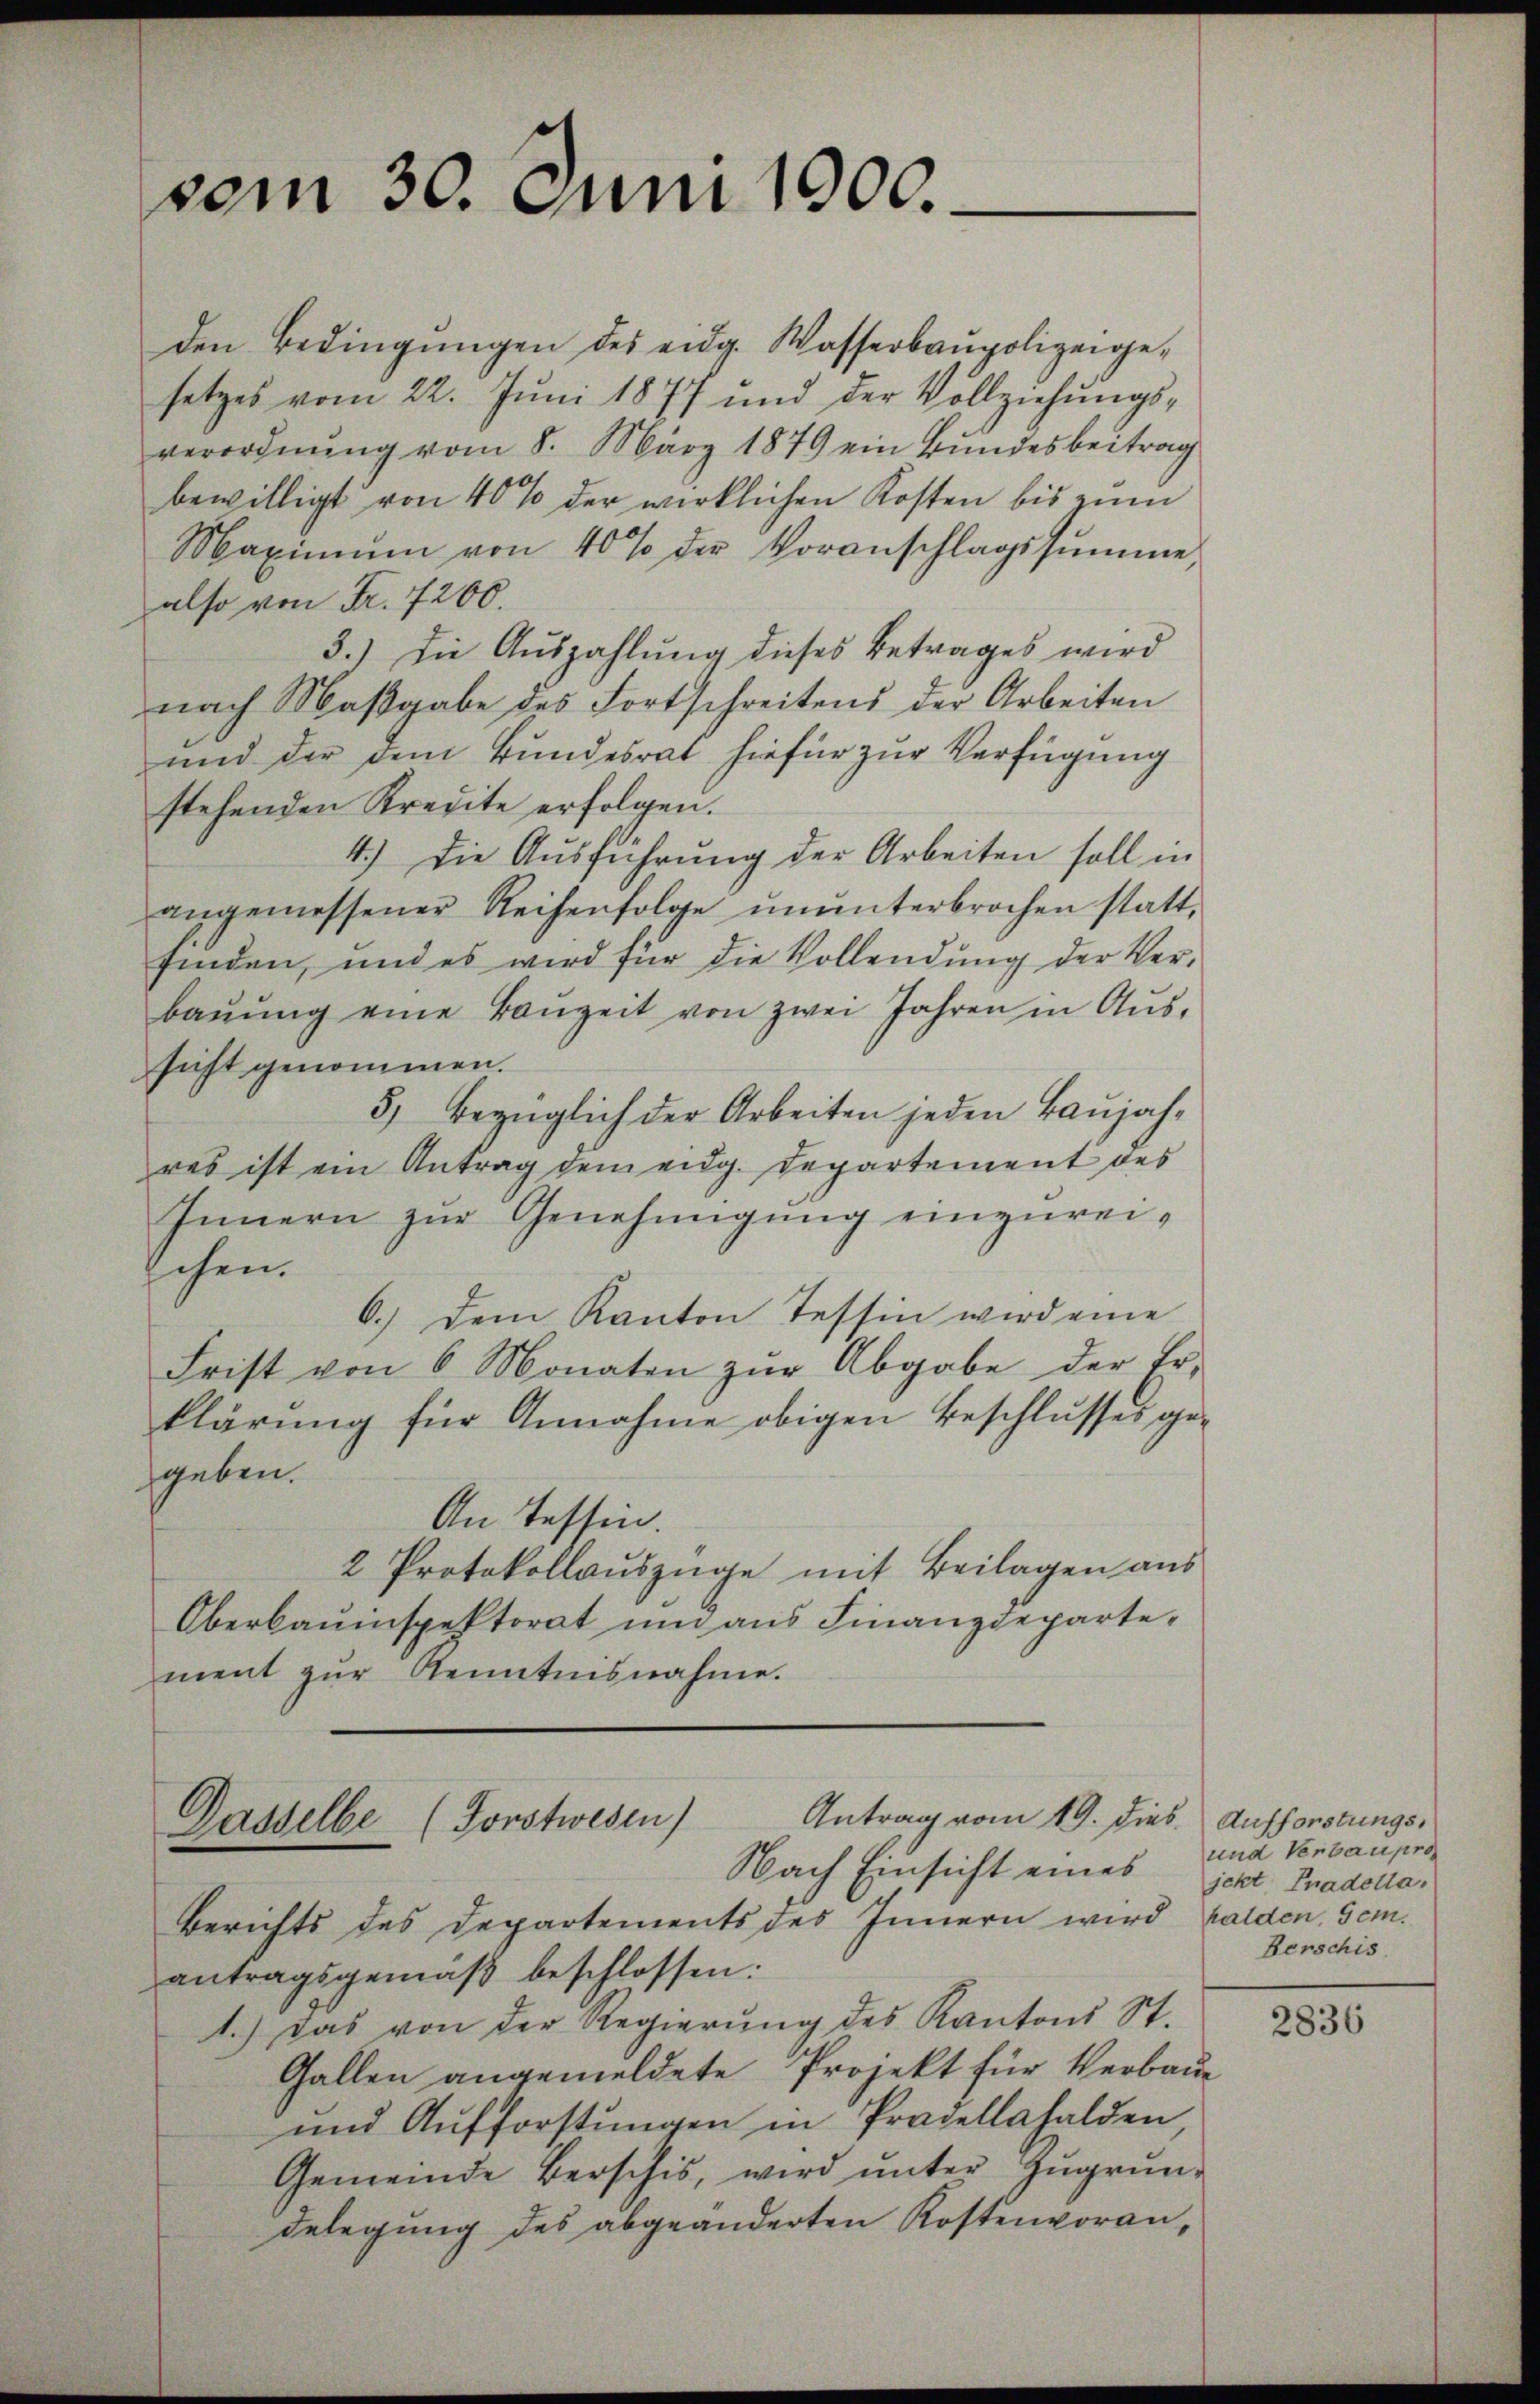
vom 30. Juni 1900.

den Bedingŭngen des eidg. Wasserbaupolizeige-
setzes vom 22. Juni 1877 und der Vollziehŭngs-
verordnung vom 8. März 1879 ein Bundesbeitrag
bewilligt von 40% der wirklichen Kosten bis zum
Maximŭm von 40% der Voranschlagssumme,
also von Fr. 7200.
3.) Die Auszahlung dieses Betrages wird
nach Maβgabe des Fortschreitens der Arbeiten
und der dem Bundesrat hiefür zur Verfügung
stehenden Kredite erfolgen.
4.) Die Ausführung der Arbeiten soll in
angemessener Reihenfolge ŭnŭnterbrochen statt.
finden, und es wird für die Vollendŭng der Ver-
baŭŭng eine Baŭzeit von zwei Jahren in Aŭs-
sicht genommen.
5) bezüglich der Arbeiten jeden Baŭjah-
res ist ein Antrag dem eidg. Departement des
Innern zur Genehmigung einzureischen.
6.) Dem Kanton Tessin wird eine
Frist von 6 Monaten zŭr Abgabe der Er-
klärung für Annahme obigen Beschlusses gegeben.
An Tessin.
2 Protokollauszüge mit Beilagen aus
Oberbauinspektorat und aŭs Finanzdeparte-
ment zŭr Kenntnisnahme.

Antrag vom 19. dies
Dasselbe (Forstwesen)
Nach Einsicht eines

Berichts des Departements des Innern wird walden, sei.
antragsgemäß beschlossen:
1.) Das von der Regierŭng des Kantons St.
Gallen angemeldete Projekt für Verbaue
und Aufforstungen in Prodellahalden,
Gemeinde Berschis, wird ŭnter Zugrundelegung des abgeänderten Kostenvoran¬

Aufforstungs¬
und Verbaupro
jekt Pradella,
Berschis.

2836